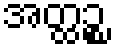
အတ္ထဉ္စ